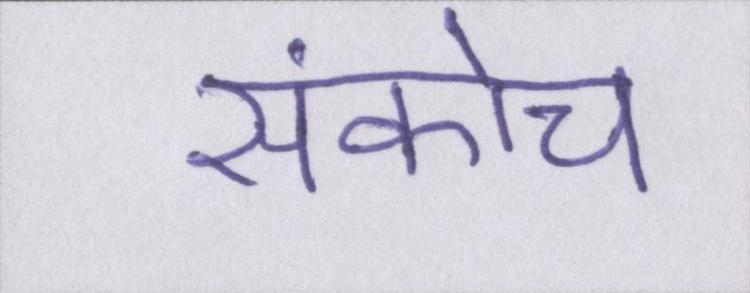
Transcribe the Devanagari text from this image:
संकोच